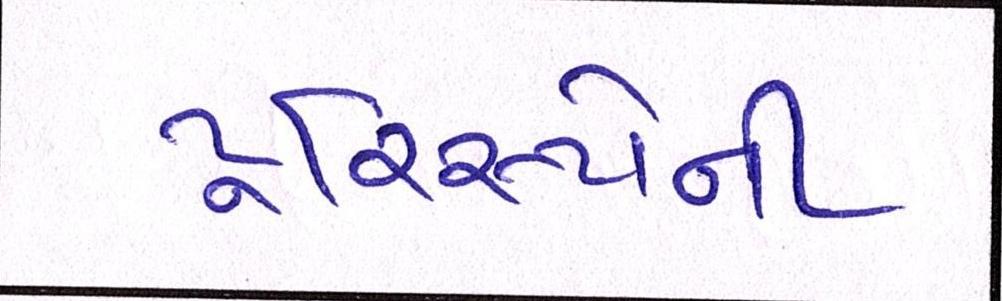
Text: ટૂરિસ્ટોની